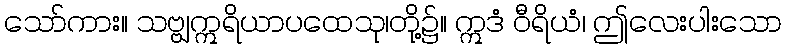
သော်ကား။ သဗ္ဗျဣရိယာပထေသု၊တို့၌။ ဣဒံ ဝီရိယံ၊ ဤလေးပါးသော